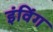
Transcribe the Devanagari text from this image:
इंविंग